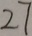
2 7